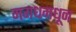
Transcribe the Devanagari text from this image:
मगधमधून